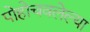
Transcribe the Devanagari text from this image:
पोहोचवलेल्या